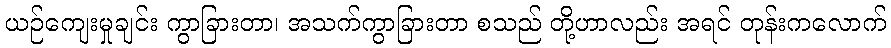
ယဉ်ကျေးမှုချင်း ကွာခြားတာ၊ အသက်ကွာခြားတာ စသည် တို့ဟာလည်း အရင် တုန်းကလောက်